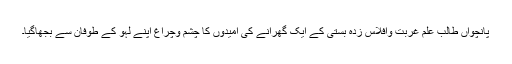
پانچواں طالب علم غربت وافلاس زدہ بستی کے ایک گھرانے کی امیدوں کا چشم وچراغ اپنے لہو کے طوفان سے بجھاگیا۔